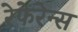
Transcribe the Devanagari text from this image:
रेफेरेन्‍स